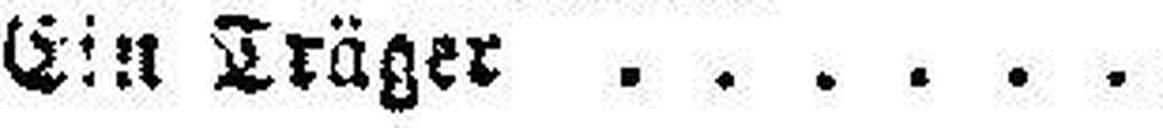
Ein Träger